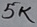
Text: 5K